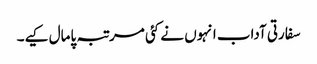
سفارتی آداب انہوں نے کئی مرتبہ پامال کیے۔